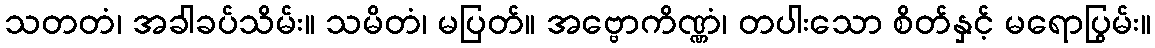
သတတံ၊ အခါခပ်သိမ်း။ သမိတံ၊ မပြတ်။ အဗ္ဗောကိဏ္ဏံ၊ တပါးသော စိတ်နှင့် မရောပြွမ်း။